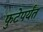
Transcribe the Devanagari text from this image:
फुटेपर्यंत